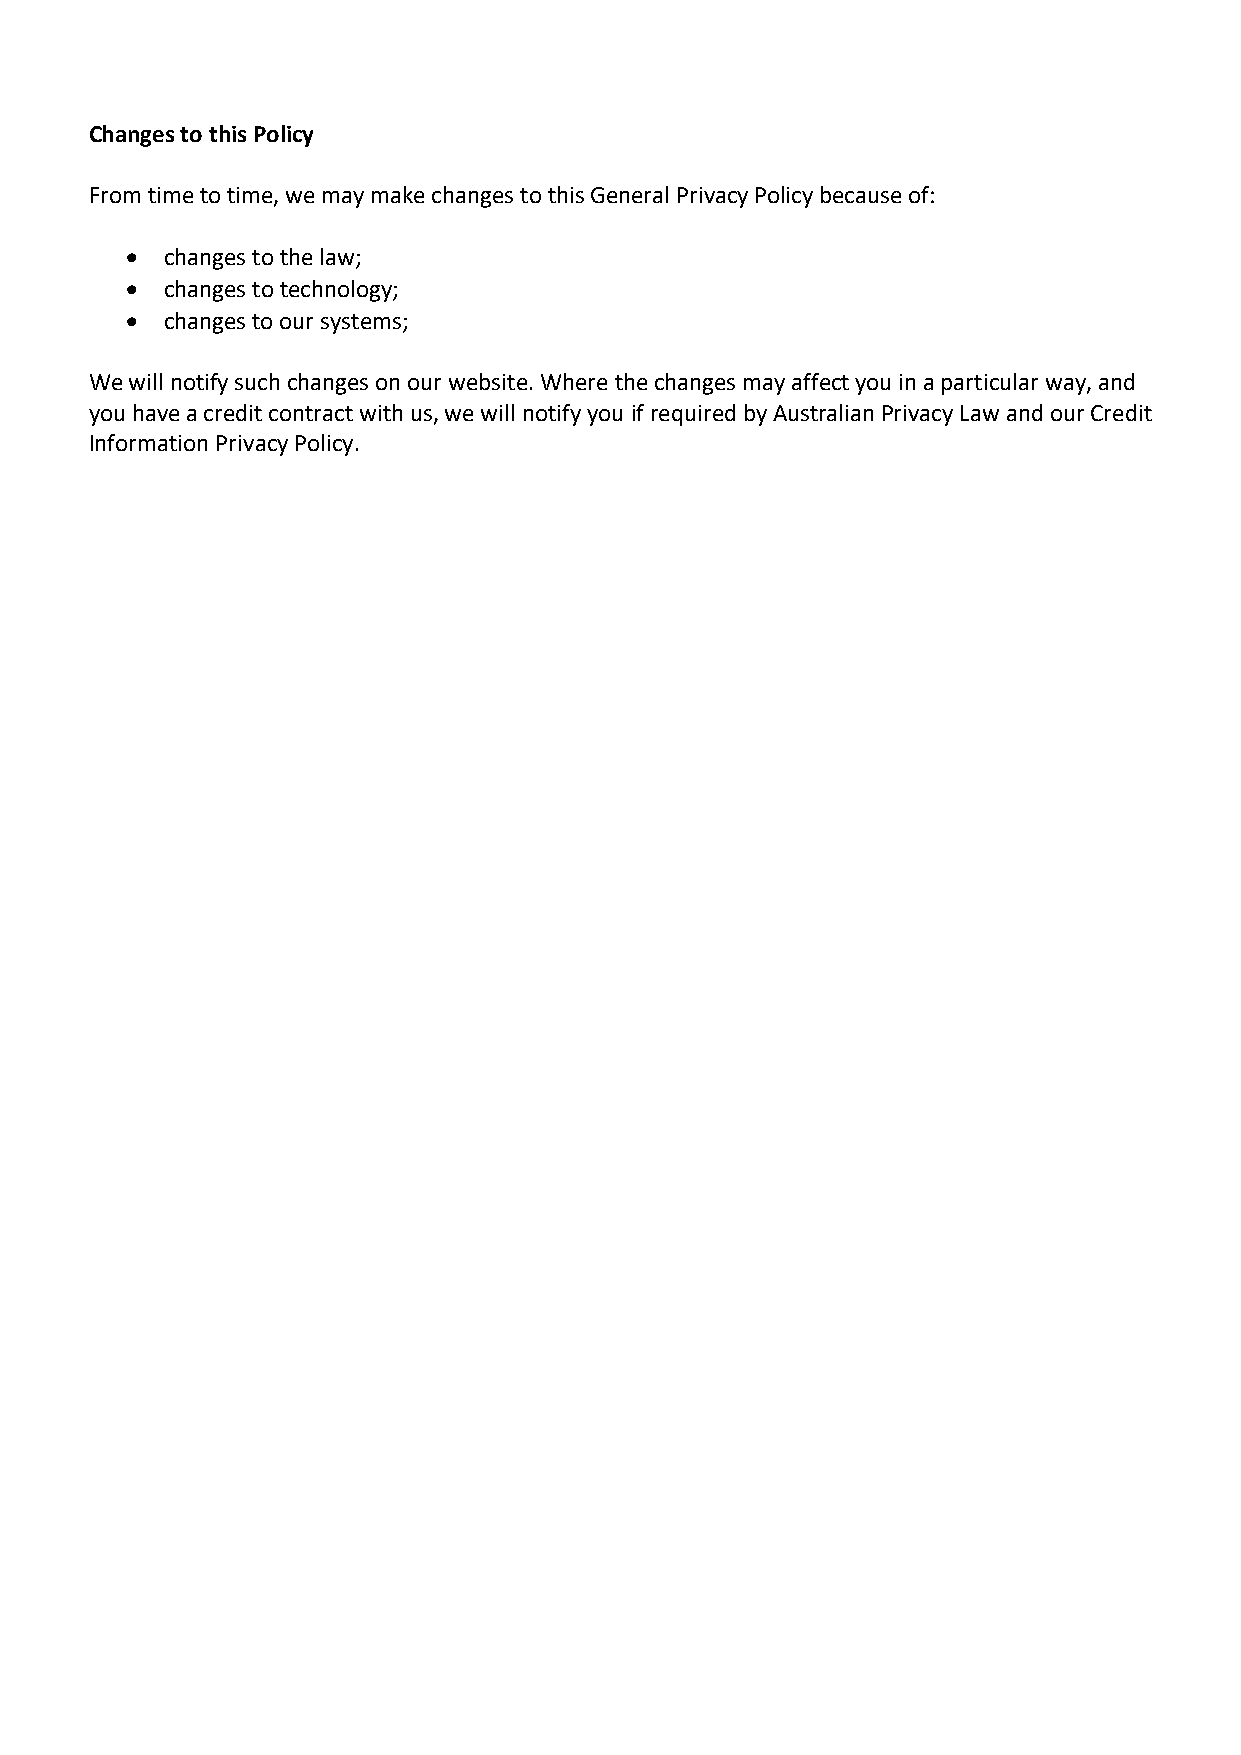
Changes to this Policy
 From time to time, we may make changes to this General Privacy Policy because of:
 •  changes to the law;
 •  changes to technology;
 •  changes to our systems;
 We will notify such changes on our website. Where the changes may affect you in a particular way, and
 you have a credit contract with us, we will notify you if required by Australian Privacy Law and our Credit
 Information Privacy Policy.